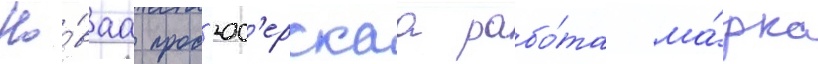
Но́ваа прод'юс'ерскаа рабо́та ма́рка